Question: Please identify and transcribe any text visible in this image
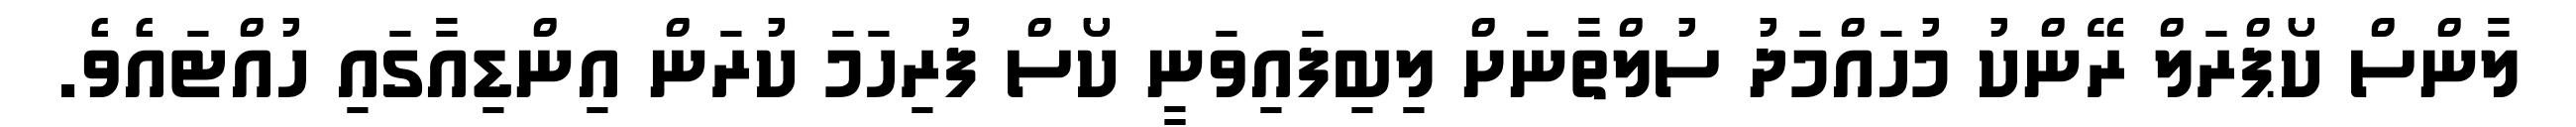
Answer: ލާންސް ކޯޕްރަލް ރޭންކު މުހައްމަދު ސުލްތާނަށް ލިބިފައިވަނީ ކޯސް ފުރިހަމަ ކުރަން އިންޑިއާގައި ހުއްޓައެވެ.